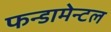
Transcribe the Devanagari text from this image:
फन्डामेन्टल